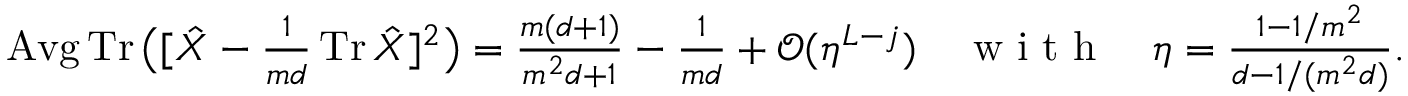
\textstyle \operatorname { A v g } \operatorname { T r } \big ( [ \hat { X } - \frac { 1 } { m d } \operatorname { T r } \hat { X } ] ^ { 2 } \big ) = \frac { m ( d + 1 ) } { m ^ { 2 } d + 1 } - \frac { 1 } { m d } + \mathcal { O } ( \eta ^ { L - j } ) \quad \mathrm { ~ w ~ i ~ t ~ h ~ } \quad \eta \stackrel { } { = } \frac { 1 - 1 / m ^ { 2 } } { d - 1 / ( m ^ { 2 } d ) } .